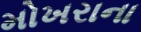
મોખરાના